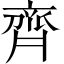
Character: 齊